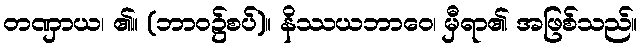
တဏှာယ၊ ၏။ (ဘာဝ၌စပ်)။ နိဿယဘာဝေ၊ မှီရာ၏ အဖြစ်သည်။